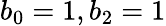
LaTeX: b_{0}=1,b_{2}=1